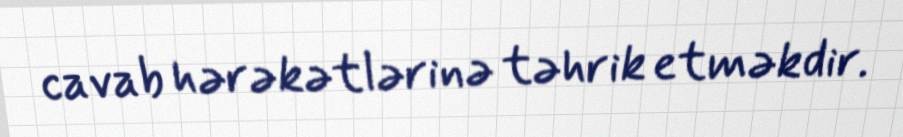
cavab hərəkətlərinə təhrik etməkdir.